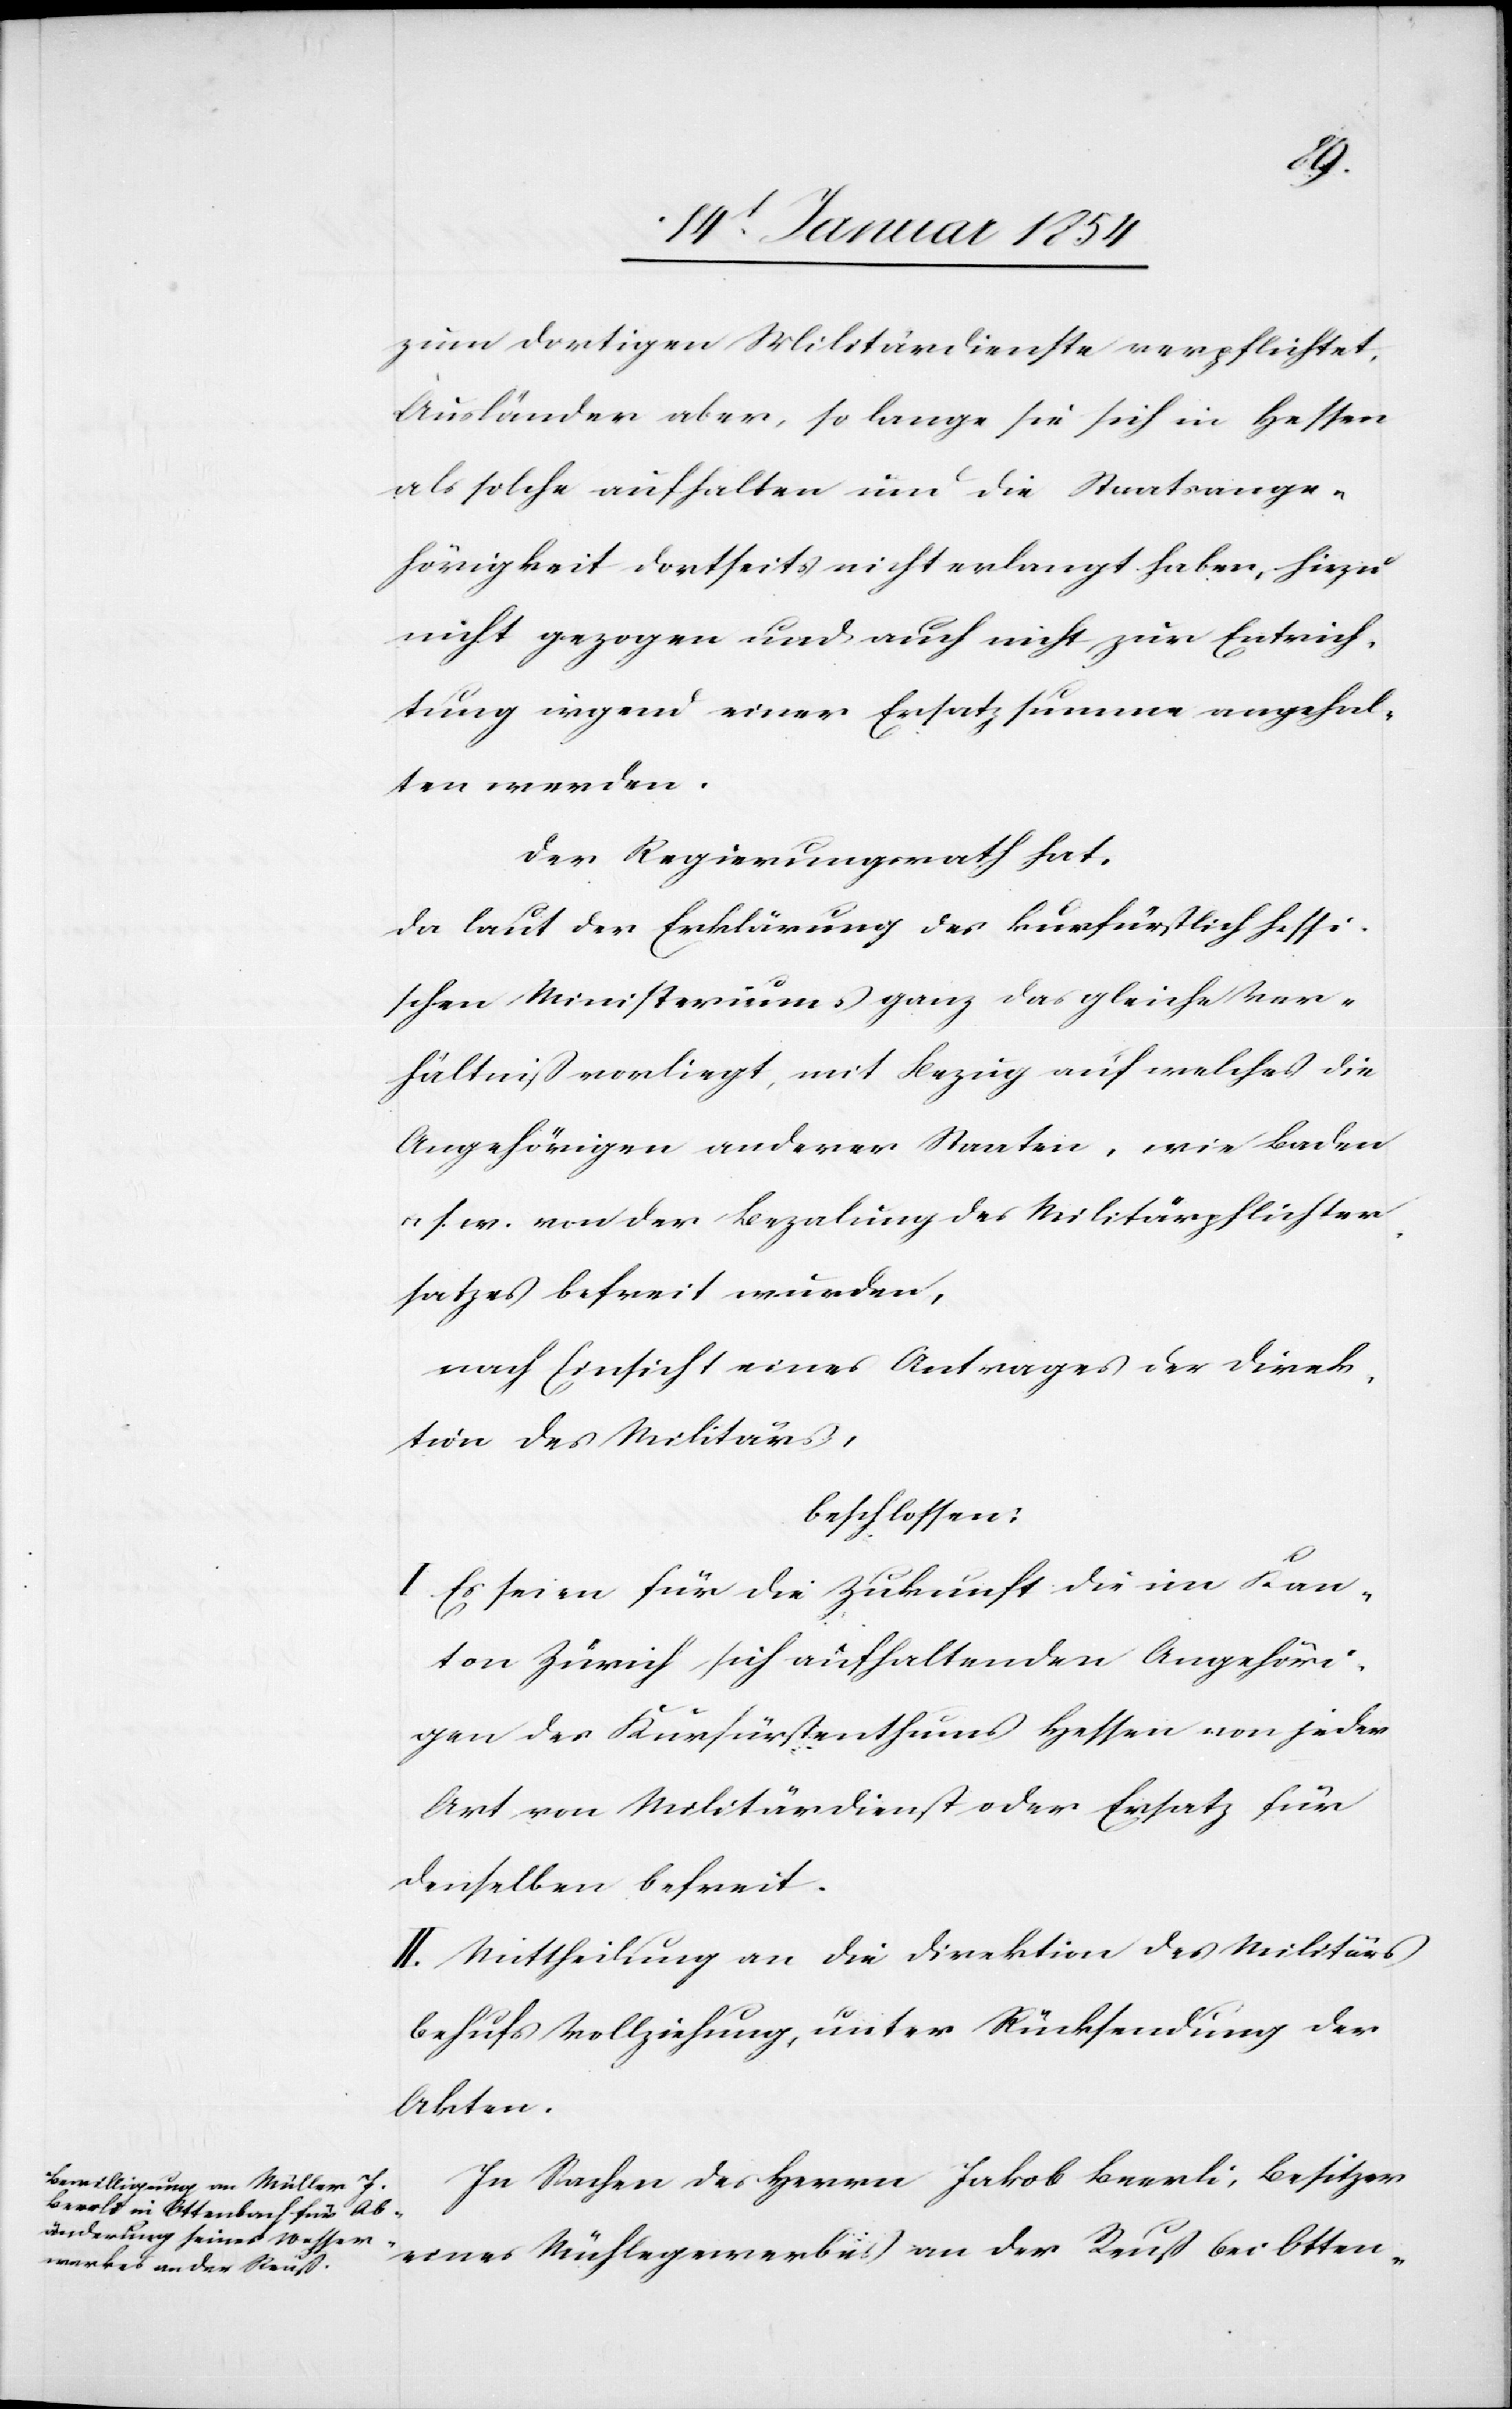
zum dortigen Militärdienste verpflichtet.
Ausländer aber, so lange sie sich in Hessen
als solche aufhalten und die Staatsange¬
hörigkeit dortseits nicht erlangt haben, hiezu
nicht gezogen und auch nicht zur Entrich¬
tung irgend eines Ersatzsumme angehal¬
ten werden.
Der Regierungsrath hat,
da laut der Erklärung des kurfürstlich hessi¬
schen Ministeriums ganz das gleiche Ver¬
hältniß vorliegt, mit Bezug auf welches die
Angehörigen anderer Staaten, wie Baden
u. s. w. von der Beza[h]lung des Militärpflichtener¬
satzes befreit wurden,
nach Einsicht eines Antrages der Direk¬
tion des Militärs,
beschlossen:
I. Es seien für die Zukunft die im Kan¬
ton Zürich sich aufhaltenden Angehöri¬
gen des Kurfürstenthums Hessen von jeder
Art von Militärdienst oder Ersatz für
denselben befreit.
II. Mittheilung an die Direktion des Militärs
behufs Vollziehung, unter Rücksendung der
Akten.
In Sachen des Herrn Jakob Beerli, Besitzer
eines Mühlegewerbes an der Reuß bei Otten-